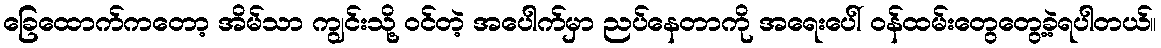
ခြေထောက်ကတော့ အိမ်သာ ကျွင်းသို့ ဝင်တဲ့ အပေါက်မှာ ညပ်နေတာကို အရေးပေါ် ဝန်ထမ်းတွေတွေ့ခဲ့ရပါတယ်။